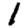
Digit: 1